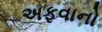
અફવાનો